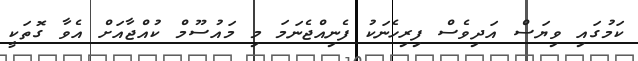
ކަމުގައި ވިޔަސް އަދިވެސް ފިރިހެނަކު ފެނިއްޖެނަމަ މި މައުސޫމް ކުއްޖާއަށް އެވާ ގޮތަކީ